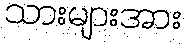
သားများအား